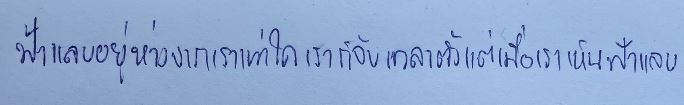
ฟ้าแลบอยู่ห่างจากเราเท่าใดเราก็จับเวลาตั้งแต่เมื่อเราเห็นฟ้าแลบ